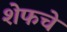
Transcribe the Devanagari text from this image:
शेफचे